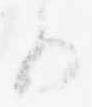
る